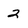
Character: 2